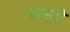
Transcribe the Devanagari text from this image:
तत्सुरो